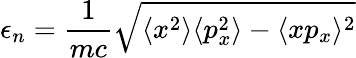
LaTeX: \epsilon_{n}=\frac{1}{mc}\sqrt{\langle x^{2}\rangle\langle p_{x}^{2}\rangle-\langle xp_{x}\rangle^{2}}